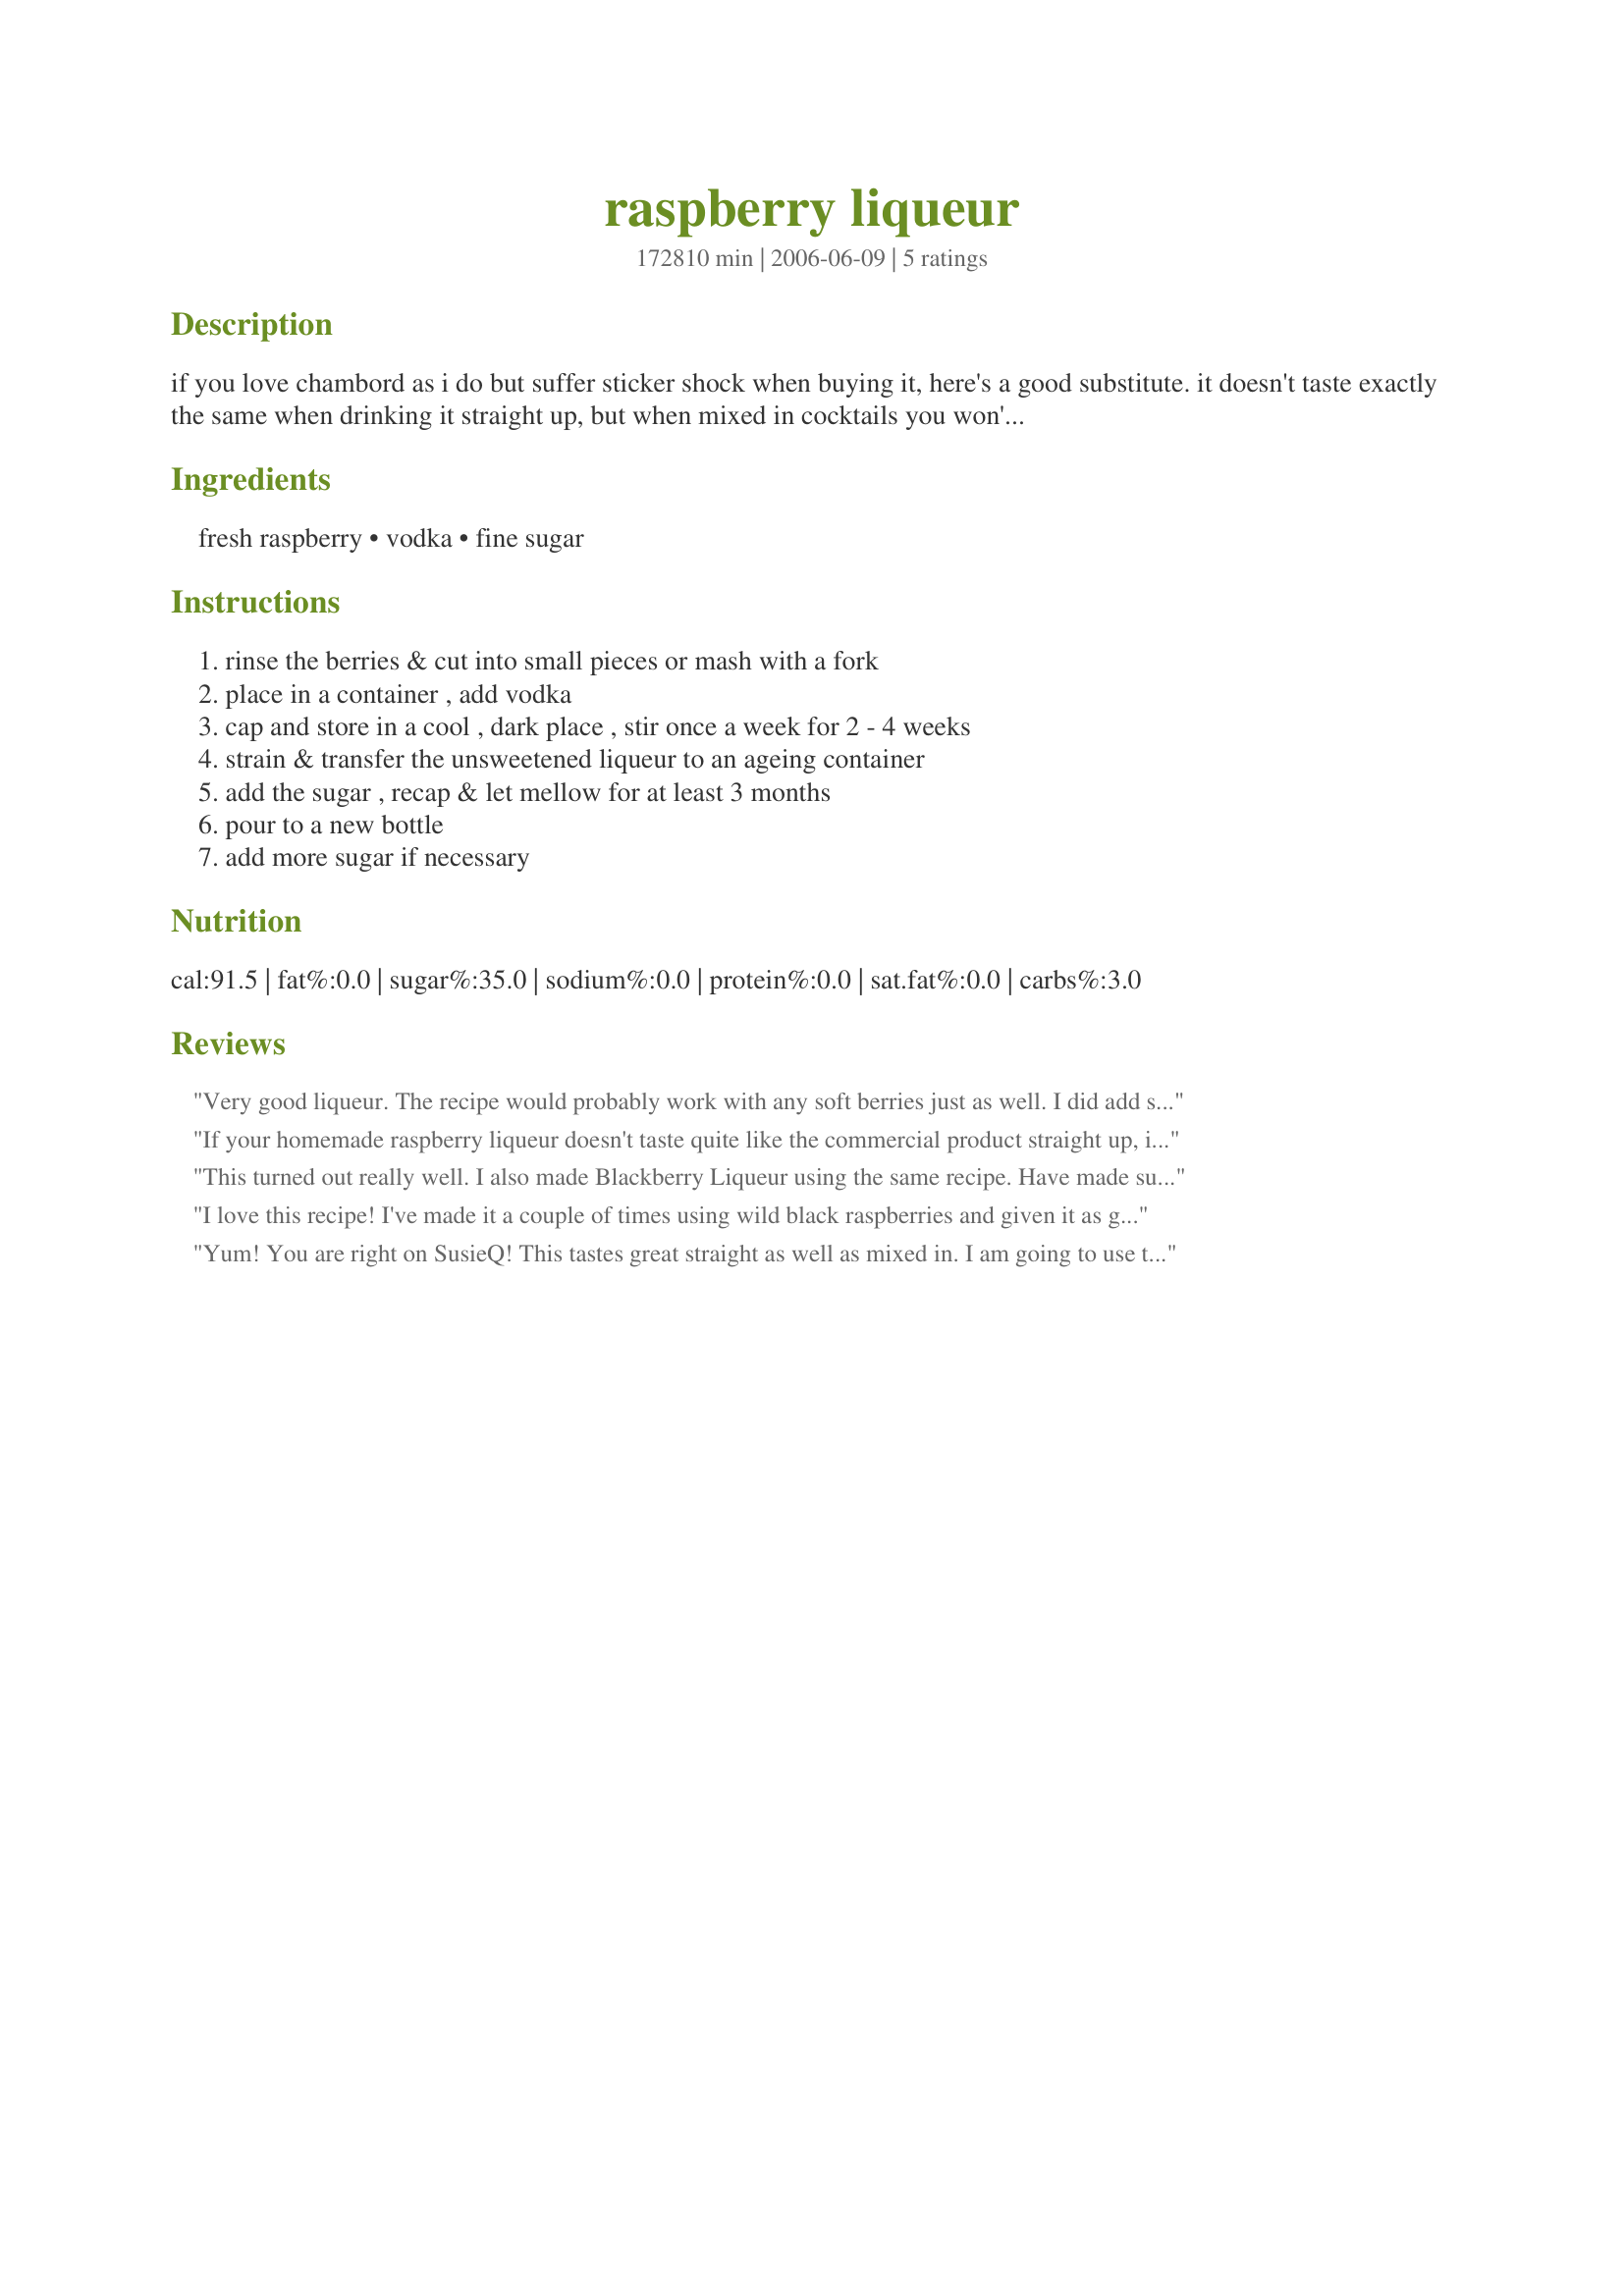
raspberry liqueur
Preparation time: 172810 minutes

if you love chambord as i do but suffer sticker shock when buying it, here's a good substitute. it doesn't taste exactly the same when drinking it straight up, but when mixed in cocktails you won't be able to tell the difference. i use one of those fancy chambord bottles to store it in. cook time is the long mellowing time. ( 3 months so plan ahead)

Ingredients:
fresh raspberry, vodka, fine sugar

Steps:
rinse the berries & cut into small pieces or mash with a fork, place in a container , add vodka, cap and store in a cool , dark place , stir once a week for 2 - 4 weeks, strain & transfer the unsweetened liqueur to an ageing container, add the sugar , recap & let mellow for at least 3 months, pour to a new bottle, add more sugar if necessary

Reviews:
Very good liqueur. The recipe would probably work with any soft berries just as well. I did add sugar up to 1 1/2 cups.
If your homemade raspberry liqueur doesn't taste quite like the commercial product straight up, it's because Chambord is made with black raspberries, not red or purple caps, which give it a deeper, mellower flavor. Unfortunately, I don't have any black caps, but I do have lots of purple raspberries and I'm making a batch from them this afternoon using your proportions of berries:sugar:vodka. Also, commercial liqueurs often are made with citrus zest and whole spices or herbs, which are removed when the aged mixture is strained or filtered to remove the seeds and pulp. I think Chambord tastes a little orangey, so I suggest adding a strip of orange peel (zest only) and/or several whole coriander seeds. A clove or 2 or 3 allspice would give it a subtle spiciness.
This turned out really well. I also made Blackberry Liqueur using the same recipe. Have made sugar free version with Splenda, which also turned out great. Thanks for posting.
I love this recipe! I've made it a couple of times using wild black raspberries and given it as gifts for Christmas (making sure I save plenty for myself :).
Yum! You are right on SusieQ! This tastes great straight as well as mixed in. I am going to use this to make NCM's recipe# 187773!
